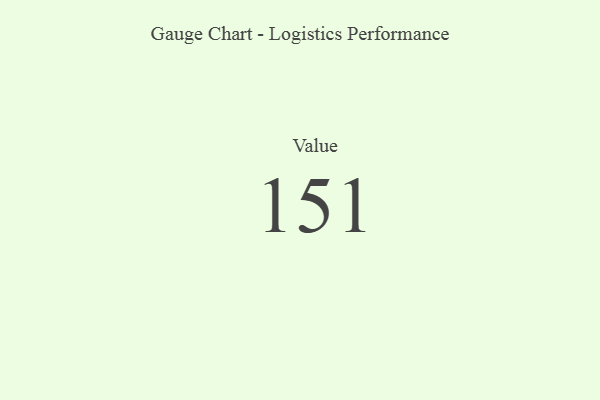
{"axis": {"x": "Metric", "y": "Value"}, "legend": [""], "data": [{"x": "Value", "y": 151, "type": ""}]}